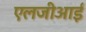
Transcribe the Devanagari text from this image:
एलजीआई